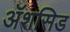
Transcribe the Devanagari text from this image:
ॲशसिड